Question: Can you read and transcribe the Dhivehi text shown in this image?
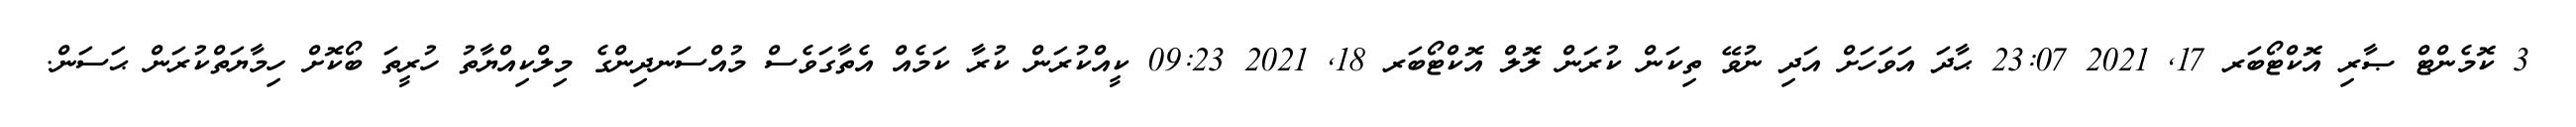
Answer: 3 ކޮމެންޓް ޞާރި އޮކްޓޯބަރ 17, 2021 23:07 ޙާދަ އަވަހަށް އަދި ނުވޭ ތިކަން ކުރަން ލޮލް އޮކްޓޯބަރ 18, 2021 09:23 ކީއްކުރަން ކުރާ ކަމެއް އެތާގަވެސް މުއްސަނދިންގެ މިލްކިއްޔާތު ހުރީތަ ބޯކޮށް ހިމާޔަތްކުރަން ޙަސަން.